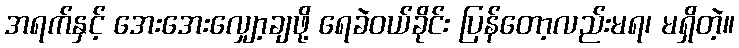
အရက်နှင့် အေးအေးလျှော့ချဖို့ ရေခဲဝယ်ခိုင်း ပြန်တော့လည်းမရ၊ မရှိတဲ့။